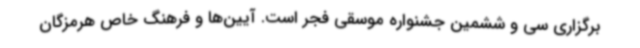
برگزاری سی و ششمین جشنواره موسقی فجر است. آیین‌ها و فرهنگ خاص هرمزگان